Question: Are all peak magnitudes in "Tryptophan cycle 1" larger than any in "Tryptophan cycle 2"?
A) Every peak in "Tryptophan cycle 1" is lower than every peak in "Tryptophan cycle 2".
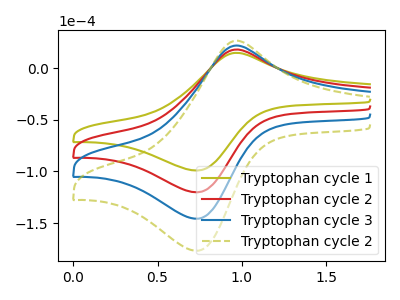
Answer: <think>The olive curve "Tryptophan cycle 1" has an anodic peak at (0.95V, 15.00uA) and a cathodic peak at (0.75V, -99.10uA). The red curve "Tryptophan cycle 2" has an anodic peak at (0.95V, 18.20uA) and a cathodic peak at (0.75V, -120.20uA). The blue curve "Tryptophan cycle 3" has an anodic peak at (0.95V, 36.35uA) and a cathodic peak at (0.75V, -240.40uA). The olive dashed curve "Tryptophan cycle 2" has an anodic peak at (0.95V, 54.55uA) and a cathodic peak at (0.75V, -360.60uA).</think>
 <answer>A) Every peak in "Tryptophan cycle 1" is lower than every peak in "Tryptophan cycle 2".</answer>
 <eval>A</eval>